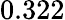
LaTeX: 0.322